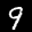
Label: 9